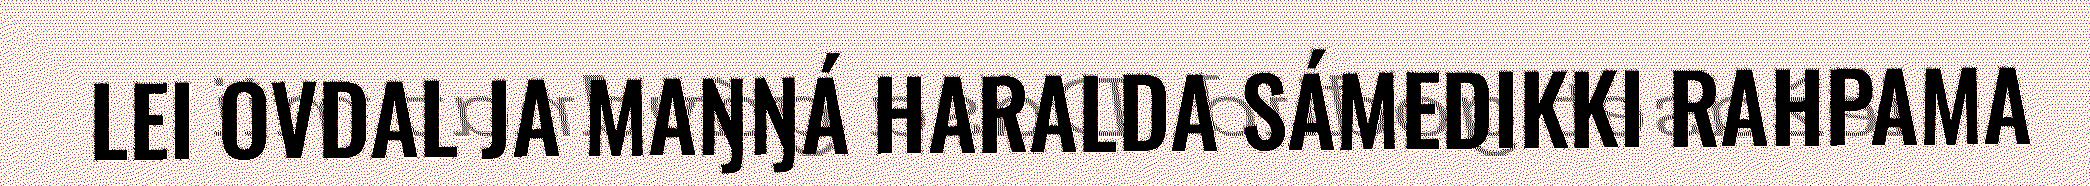
LEI OVDAL JA MAŊŊÁ HARALDA SÁMEDIKKI RAHPAMA